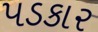
પડકાર